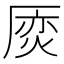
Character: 𠪌